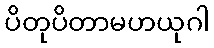
ပိတုပိတာမဟယုဂါ